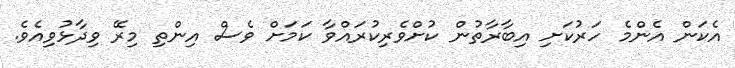
އެކަން އެންމެ ހަރުކަށި އިބާރާތުން ކުށްވެރިކުރައްވާ ކަމަށް ވެސް އިންތި މިރޭ ވިދާޅުވިއެވެ.